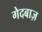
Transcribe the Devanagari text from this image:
गेदबाज़